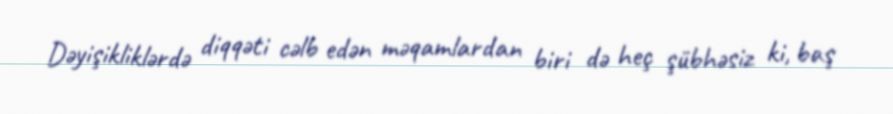
Dəyişikliklərdə diqqəti cəlb edən məqamlardan biri də heç şübhəsiz ki, baş